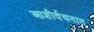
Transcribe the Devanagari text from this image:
आशीर्वचनात